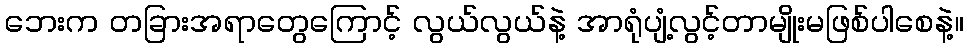
ဘေးက တခြားအရာတွေကြောင့် လွယ်လွယ်နဲ့ အာရုံပျံ့လွင့်တာမျိုးမဖြစ်ပါစေနဲ့။